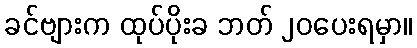
ခင်ဗျားက ထုပ်ပိုးခ ဘတ် ၂၀ပေးရမှာ။